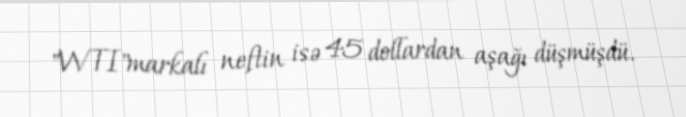
"WTI"markalı neftin isə 45 dollardan aşağı düşmüşdü.